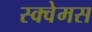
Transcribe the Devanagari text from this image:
स्क्वेमस